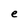
Character: e